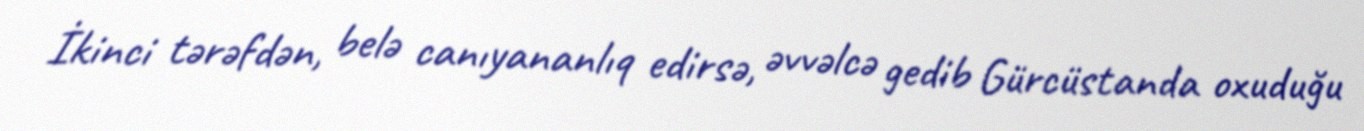
İkinci tərəfdən, belə canıyananlıq edirsə, əvvəlcə gedib Gürcüstanda oxuduğu